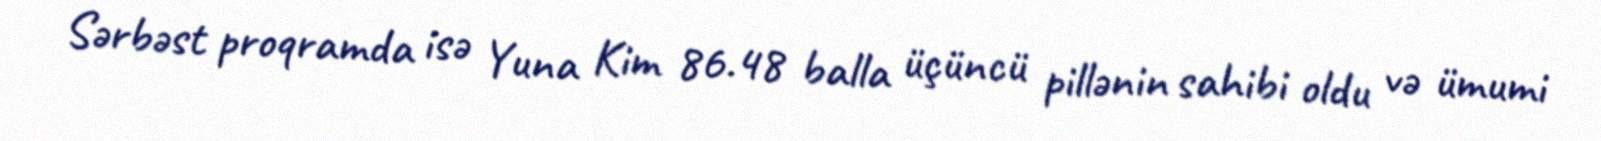
Sərbəst proqramda isə Yuna Kim 86.48 balla üçüncü pillənin sahibi oldu və ümumi